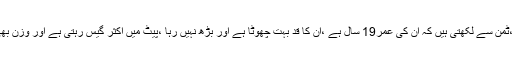
اُم سدرہ نور،ٹمن سے لکھتی ہیں کہ اُن کی عمر19 سال ہے ،اُن کا قد بہت چھوٹا ہے اور بڑھ نہیں رہا ،پیٹ میں اکثر گیس رہتی ہے اور وزن بھی زیادہ ہے۔